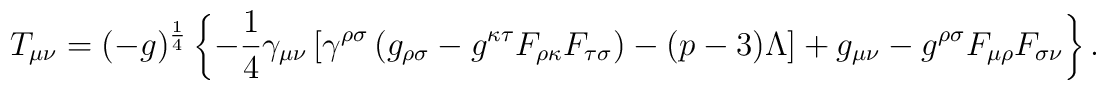
T_{\mu \nu}  = (-g)^{\frac{1}{4}} \left\{ -\frac{1}{4} \gamma_{\mu \nu}  \left[\gamma^{\rho \sigma} \left( g_{\rho \sigma} -g^{\kappa \tau} F_{\rho \kappa}F_{\tau \sigma}\right) -(p-3) \Lambda \right]  +g_{\mu \nu} -g^{\rho \sigma} F_{\mu \rho}F_{\sigma \nu} \right\} .